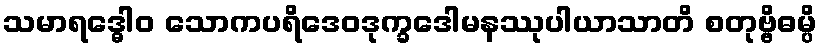
သမာရဒ္ဓေါဝ သောကပရိဒေဝဒုက္ခဒေါမနဿုပါယာသာတိ စတုဗ္ဗိဓမ္ပိ